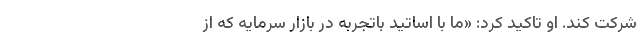
شرکت کند. او تاکید کرد: «ما با اساتید باتجربه در بازار سرمایه که از